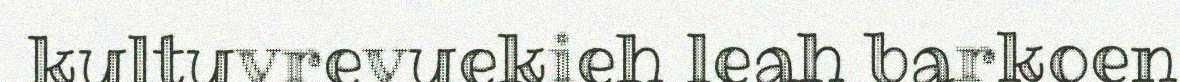
kultuvrevuekieh leah barkoen